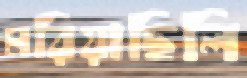
মরিয়াছিলি